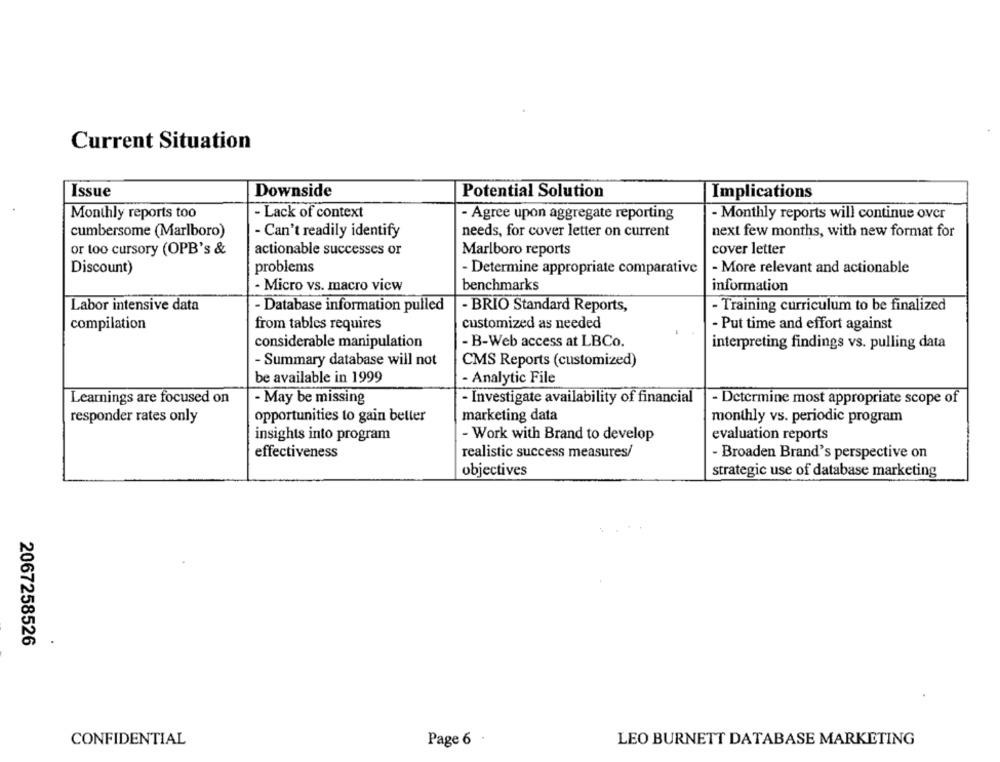
Current Situation
Issue
Downside
Potential Solution
Implications
- Lack of context
Monthly reports too
- Agree upon aggregate reporting
- Monthly reports will continue over
cumbersome (Marlboro)
- Can't readily identify
needs, for cover letter on current
next few months, with new format for
or too cursory (OPB's &
actionable successes or
Marlboro reports
cover letter
Discount)
problems
- Determine appropriate comparative
- More relevant and actionable
- Micro vs. macro view
benchmarks
information
Labor intensive data
- Database information pulled
- BRIO Standard Reports,
- Training curriculum to be finalized
compilation
from tables requires
customized as needed
- Put time and effort against
considerable manipulation
- B-Web access at LBCo.
interpreting findings vs. pulling data
- Summary database will not
CMS Reports (customized)
be available in 1999
- Analytic File
Learnings are focused on
- May be missing
- Investigate availability of financial
- Determine most appropriate scope of
responder rates only
opportunities to gain better
marketing data
monthly vs. periodic program
insights into program
- Work with Brand to develop
evaluation reports
effectiveness
realistic success measures/
- Broaden Brand's perspective on
objectives
strategic use of database marketing
2067258526
CONFIDENTIAL
Page 6
LEO BURNETT DATABASE MARKETING